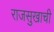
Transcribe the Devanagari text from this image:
राजसुखाची